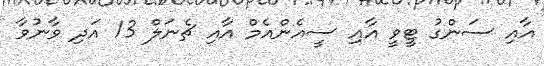
އާއި ސަންގު ޓީވީ އާއި ސީއެންއެމް އާއި ޗެނަލް 13 އަދި ވާނުވާ